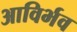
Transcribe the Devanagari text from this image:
आविर्भव